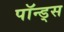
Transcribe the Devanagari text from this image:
पॉन्ड्स